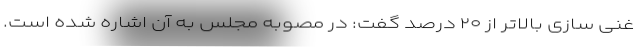
غنی سازی بالاتر از ۲۰ درصد گفت: در مصوبه مجلس به آن اشاره شده است.